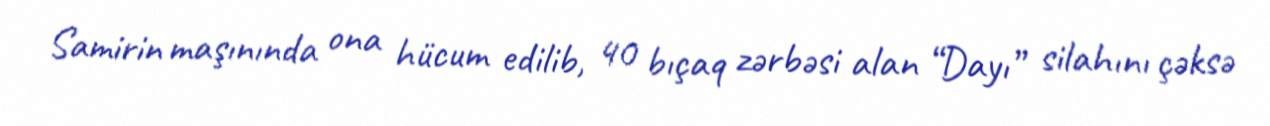
Samirin maşınında ona hücum edilib, 40 bıçaq zərbəsi alan “Dayı” silahını çəksə